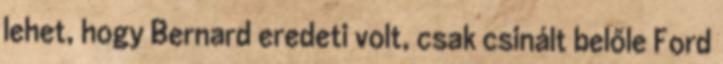
lehet, hogy Bernard eredeti volt, csak csinált belőle Ford